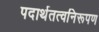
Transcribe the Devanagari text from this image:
पदार्थतत्वनिरूपण